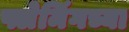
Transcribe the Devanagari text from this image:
फ्लेमिंगच्या